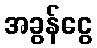
အခွန်ငွေ